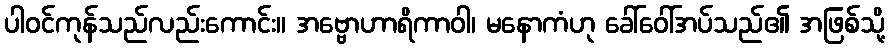
ပါဝင်ကုန်သည်လည်းကောင်း။ အဗ္ဗောဟာရိကာဝါ၊ မနောကံဟု ခေါ်ဝေါ်အပ်သည်၏ အဖြစ်သို့